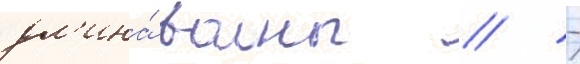
дл'ина́ волны // -